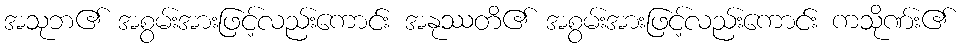
အသုဘ၏ အစွမ်းအားဖြင့်လည်းကောင်း အနုဿတိ၏ အစွမ်းအားဖြင့်လည်းကောင်း ကသိုဏ်း၏